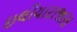
ઇલીયારાજાસ